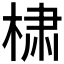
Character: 𰗹